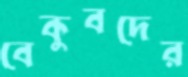
বেকুবদের